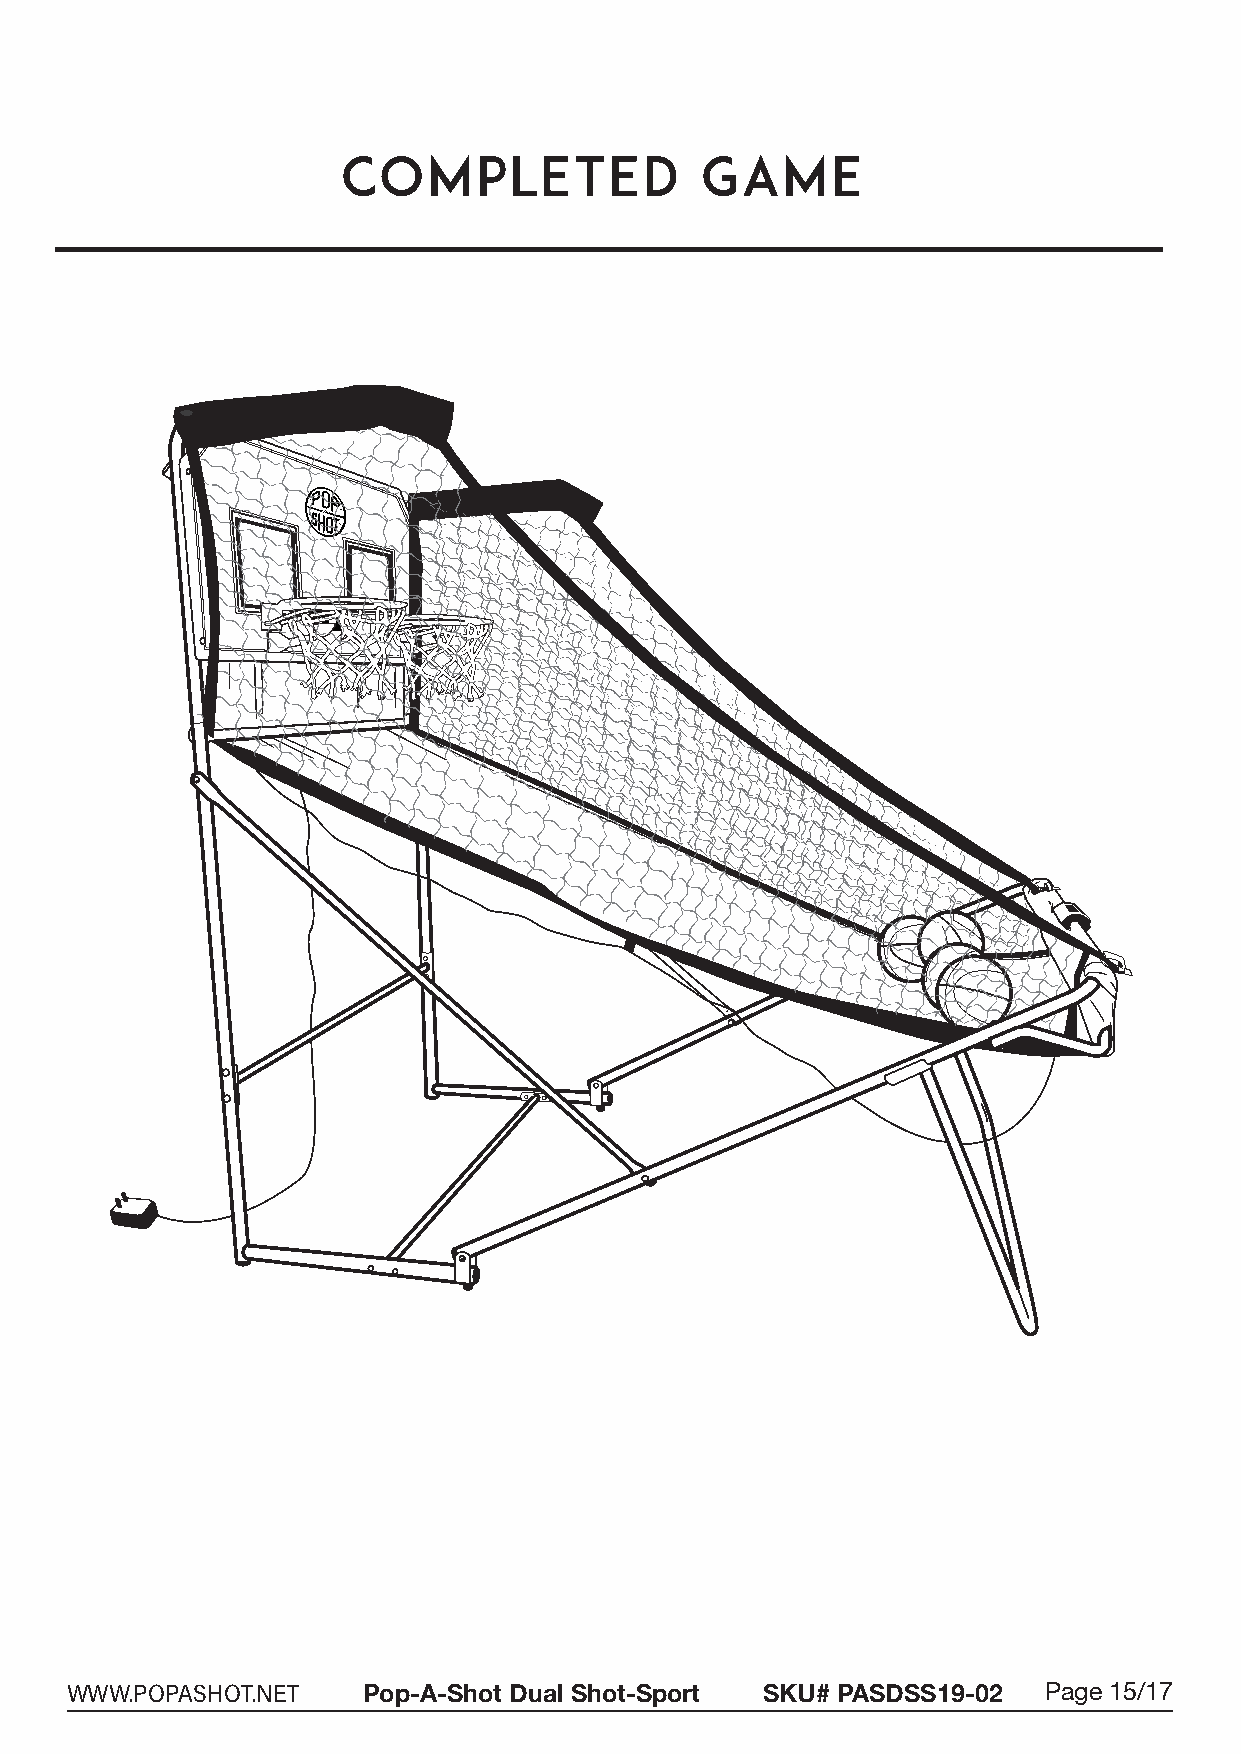
COMPLETED              GAME
 WWW.POPASHOT.NET    Pop-A-Shot Dual Shot-Sport SKU# PASDSS19-02  Page 15/17